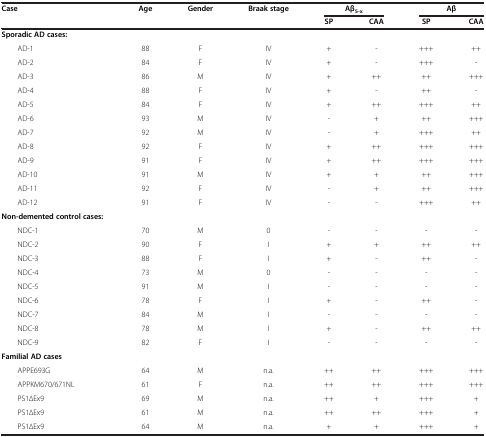
| Case | Age | Gender | Braak stage | <COLSPAN=2> Aβ5-x | <COLSPAN=2> Aβ |
 |  |  |  |  | SP | CAA | SP | CAA |
 | --- | --- | --- | --- | --- | --- | --- | --- |
 | Sporadic AD cases: |  |  |  |  |  |  |  |
 | AD-1 | 88 | F | IV | + | - | +++ | ++ |
 | AD-2 | 84 | F | IV | + | - | +++ | - |
 | AD-3 | 86 | M | IV | + | ++ | ++ | +++ |
 | AD-4 | 88 | F | IV | + | - | ++ | - |
 | AD-5 | 84 | F | IV | + | ++ | +++ | ++ |
 | AD-6 | 93 | M | IV | - | + | ++ | +++ |
 | AD-7 | 92 | M | IV | - | + | +++ | ++ |
 | AD-8 | 92 | F | IV | + | ++ | +++ | +++ |
 | AD-9 | 91 | F | IV | + | ++ | +++ | +++ |
 | AD-10 | 91 | M | IV | + | + | ++ | +++ |
 | AD-11 | 92 | F | IV | - | + | ++ | +++ |
 | AD-12 | 91 | F | IV | - | - | +++ | ++ |
 | Non-demented control cases: |  |  |  |  |  |  |  |
 | NDC-1 | 70 | M | 0 | - | - | - | - |
 | NDC-2 | 90 | F | I | + | + | ++ | ++ |
 | NDC-3 | 88 | F | I | + | - | ++ | - |
 | NDC-4 | 73 | M | 0 | - | - | - | - |
 | NDC-5 | 91 | M | I | - | - | - | - |
 | NDC-6 | 78 | F | I | + | - | ++ | - |
 | NDC-7 | 84 | M | I | - | - | - | - |
 | NDC-8 | 78 | M | I | + | - | ++ | ++ |
 | NDC-9 | 82 | F | I | - | - | - | - |
 | Familial AD cases |  |  |  |  |  |  |  |
 | APPE693G | 64 | M | n.a. | ++ | ++ | +++ | +++ |
 | APPKM670/671NL | 61 | F | n.a. | ++ | ++ | +++ | +++ |
 | PS1∆Ex9 | 69 | M | n.a. | ++ | + | +++ | + |
 | PS1∆Ex9 | 61 | M | n.a. | ++ | ++ | +++ | + |
 | PS1∆Ex9 | 64 | M | n.a. | + | + | +++ | + |